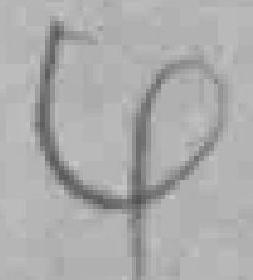
4